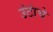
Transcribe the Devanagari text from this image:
उंटांचे